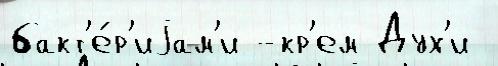
бакт'е́р'иjам'и -кр'ем Дух'и